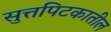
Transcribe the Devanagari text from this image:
सुत्तपिटकातील